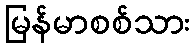
မြန်မာစစ်သား